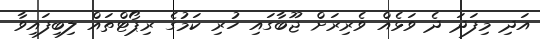
އަދި މިފަދަ ދެ ވަޅެއް ވެރިރަށް ޖޫބާގައި ހުރި ކަމުގެ ރިޕޯޓްތައް ލިބިފައިވާ